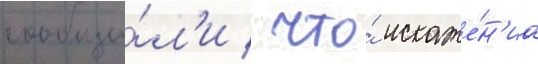
сообщи́л'и / что́ искаже́н'иа